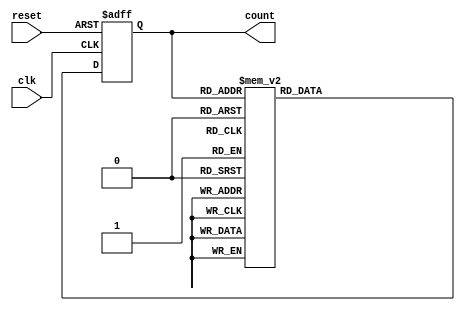
module JohnsonCounter (
    input clk,
    input reset,
    output reg [3:0] count
);

reg [3:0] next_count;

always @(posedge clk or posedge reset) begin
    if (reset) begin
        count <= 4'b0000;
    end else begin
        count <= next_count;
    end
end

always @* begin
    case(count)
        4'b0000: next_count = 4'b0001;
        4'b0001: next_count = 4'b0011;
        4'b0011: next_count = 4'b0111;
        4'b0111: next_count = 4'b1111;
        4'b1111: next_count = 4'b1110;
        4'b1110: next_count = 4'b1100;
        4'b1100: next_count = 4'b1000;
        4'b1000: next_count = 4'b0000;
        default: next_count = 4'b0000;
    endcase
end

endmodule